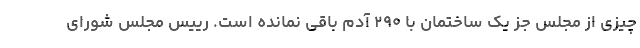
چیزی از مجلس جز یک ساختمان با ۲۹۰ آدم باقی نمانده است. رییس مجلس شورای